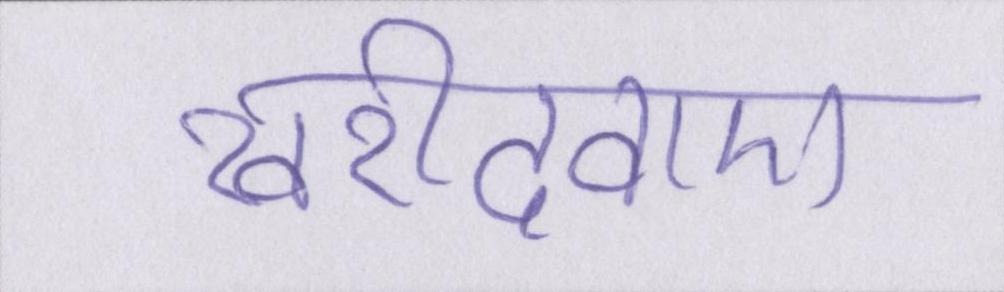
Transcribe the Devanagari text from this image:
खरीदवाए